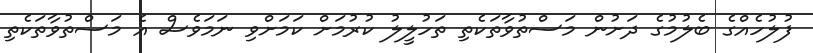
ފުލުހެއްގެ ބެލުމުގެ ދަށުން މަސްތުވާތަކެތި ތަހުލީލު ކުރުމަށް ކަމަށްވި ނަމަވެސް އެ މަސްތުވާތަކެތި